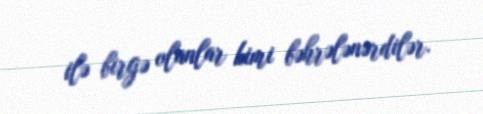
ilə birgə olanlar kimi bəhrələnərdilər.